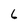
Character: 6